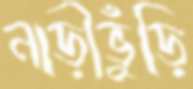
নাড়ীভুঁড়ি